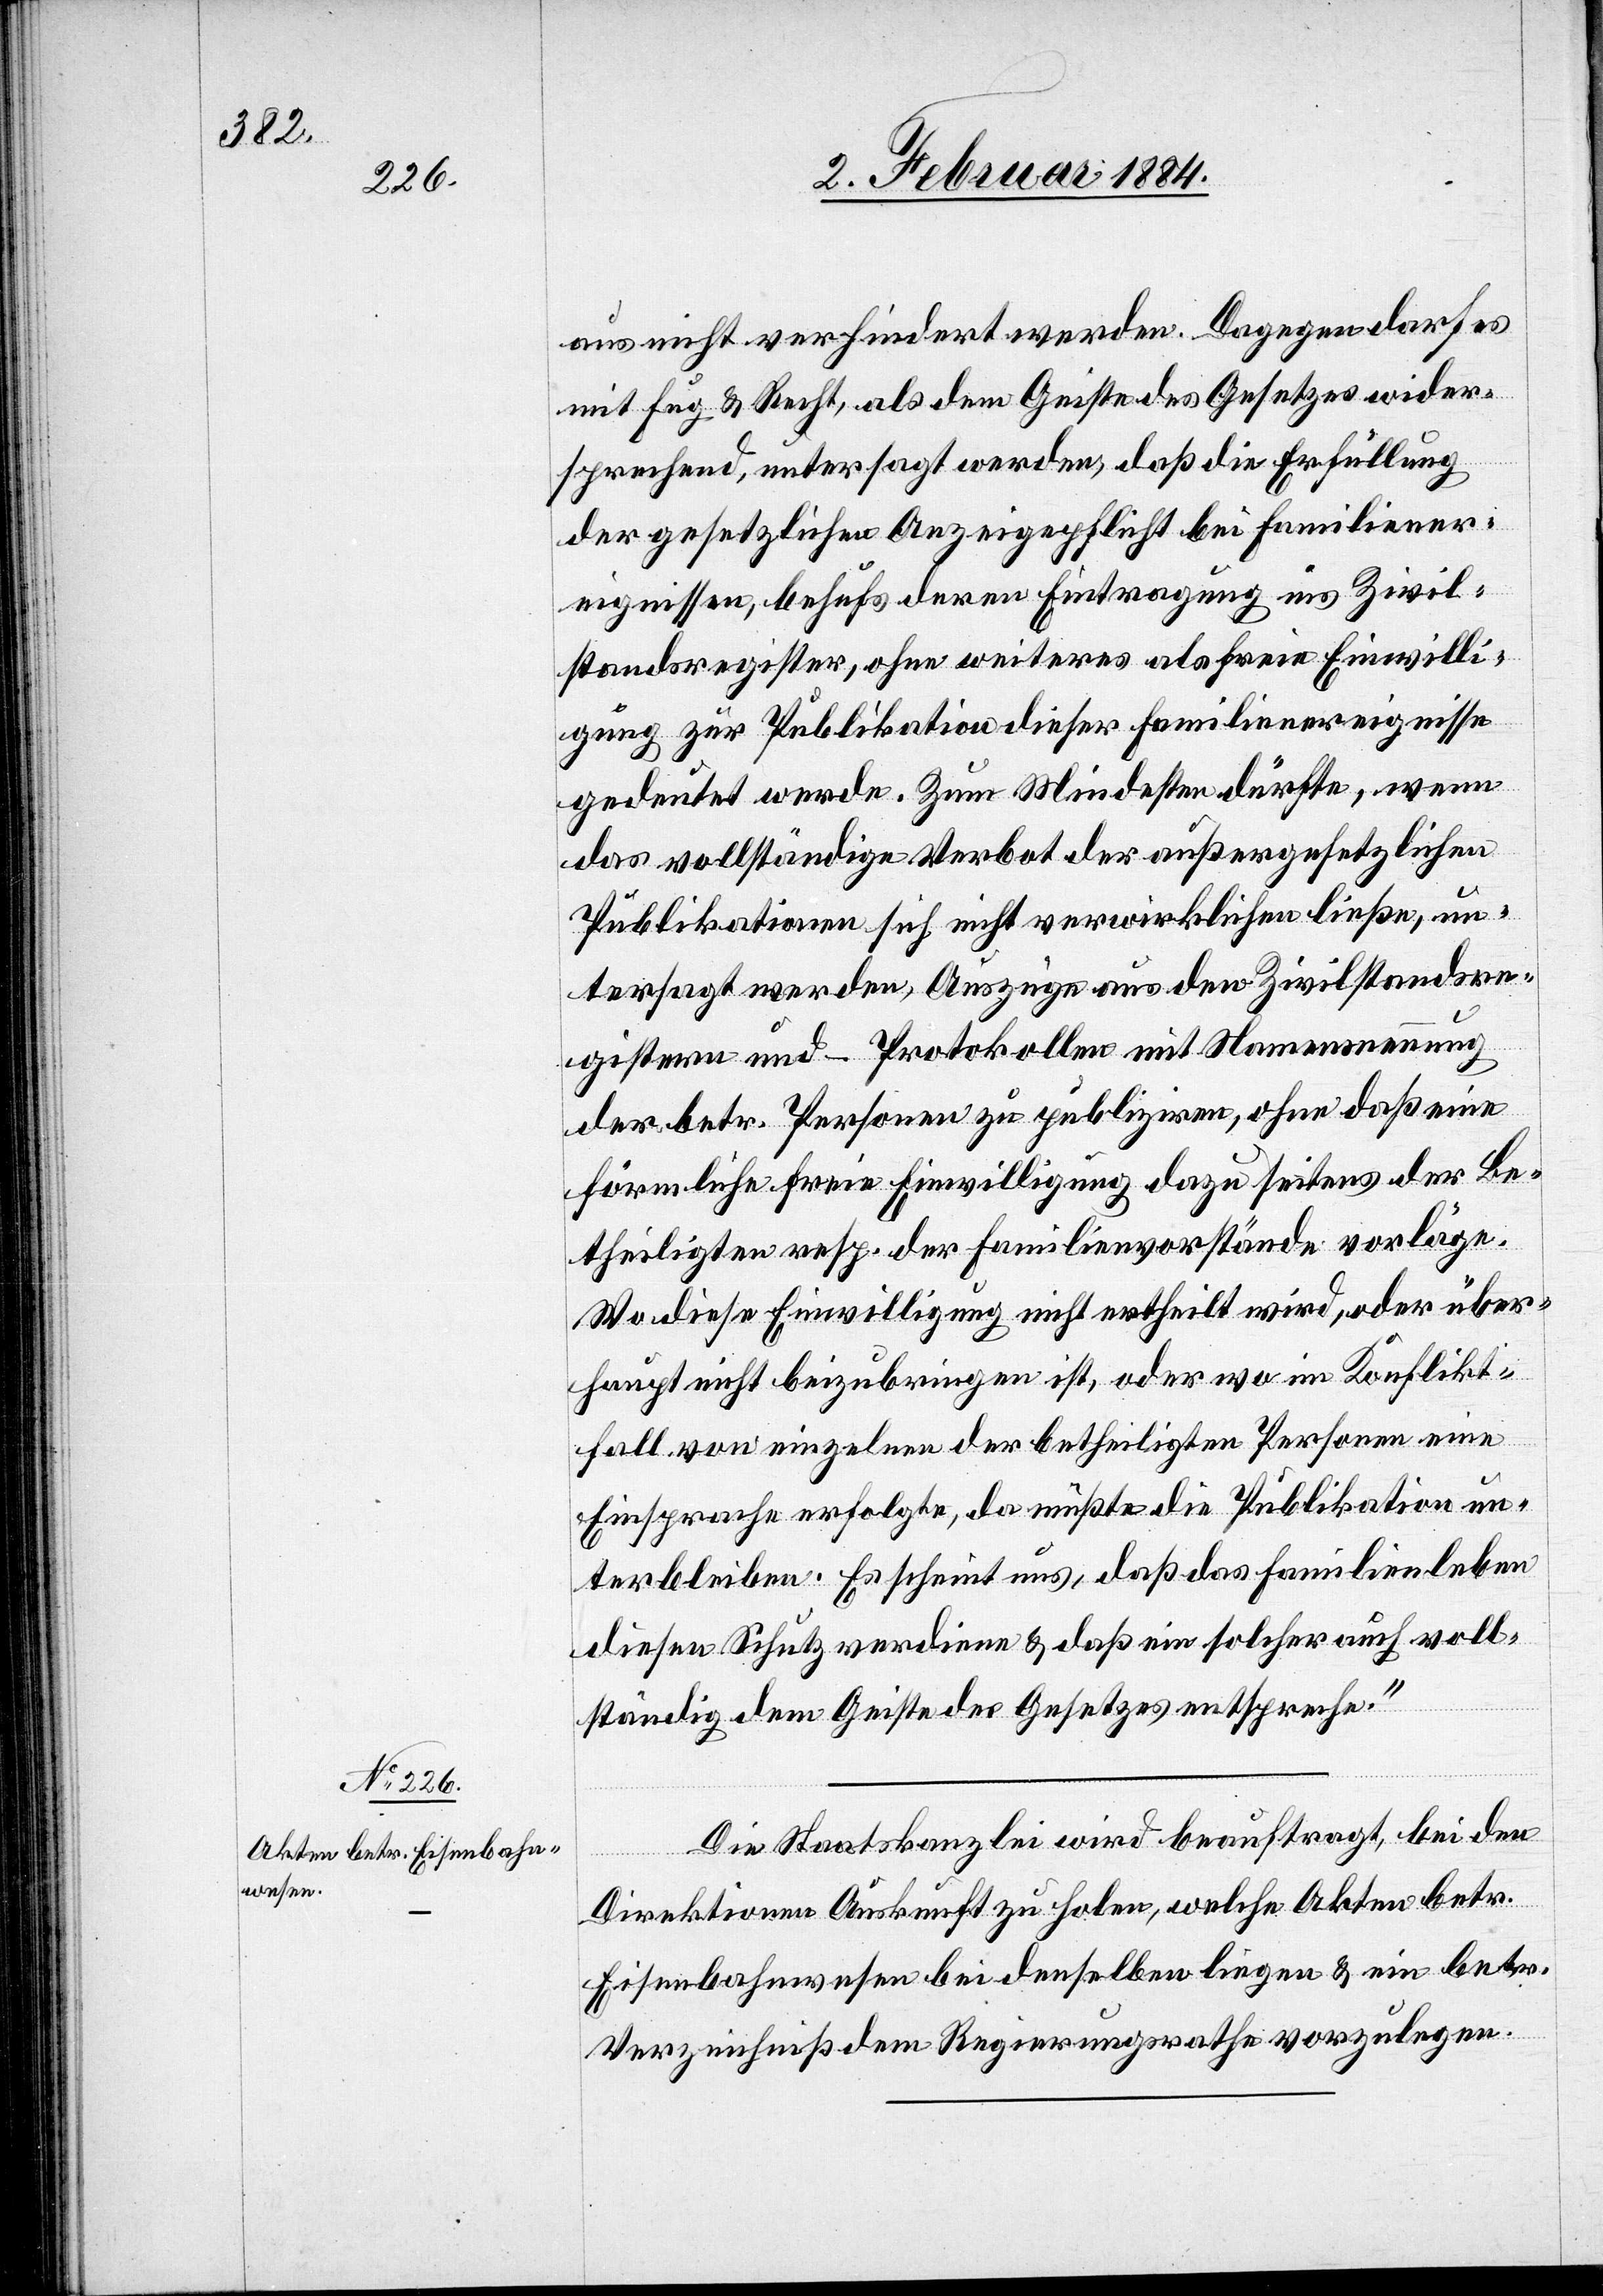
aus nicht verhindert werden. Dagegen darf es
mit Fug & Recht, als dem Geiste des Gesetzes wider¬
sprechend, untersagt werden, daß die Erfüllung
der gesetzlichen Anzeigepflicht bei Familiener¬
eignissen, behufs deren Eintragung ins Zivil¬
standregister, ohne weiteres als freie Einwilli¬
gung zur Publikation dieser Familienereignisse
gedeutet werde. Zum Mindesten dürfte, wenn
das vollständige Verbot der außergesetzlichen
Publikationen sich nicht verwirklichen ließe, un¬
tersagt werden, Auszüge aus den Zivilstandesre¬
gistern und -Protokollen mit Namensnennung
der betr. Personen zu publiziren, ohne daß eine
förmliche freie Einwilligung dazu seitens der Be¬
theiligten resp. der Familienvorstände vorläge.
Wo diese Einwilligung nicht ertheilt wird, oder über¬
haupt nicht beizubringen ist, oder wo im Konflikt¬
fall von einzelnen der betheiligten Personen eine
Einsprache erfolgte, da müßte die Publikation un¬
terbleiben. Es scheint uns, daß das Familienleben
diesen Schutz verdiene & daß ein solcher auch voll¬
ständig dem Geiste des Gesetzes entsprechen.“
Die Staatskanzlei wird beauftragt, bei den
Direktionen Auskunft zu holen, welche Akten betr.
Eisenbahnwesen bei denselben liegen & ein betr.
Verzeichniß dem Regierungsrathe vorzulegen.